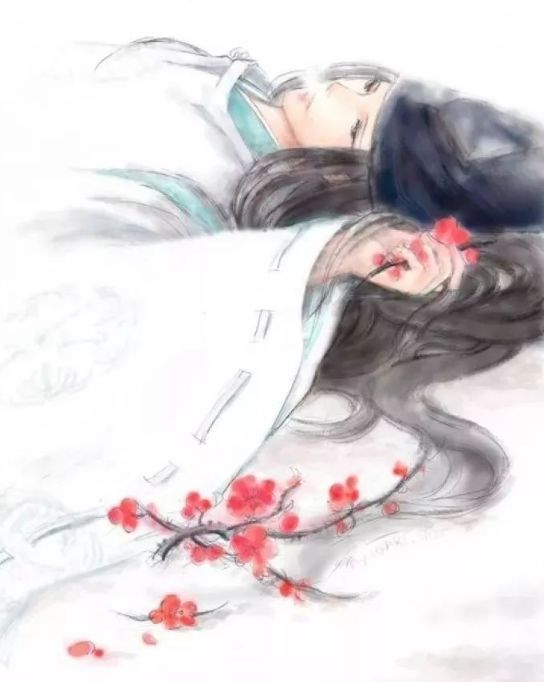
最关情，折尽梅花，难寄相思。